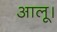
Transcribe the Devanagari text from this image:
आलू।